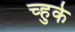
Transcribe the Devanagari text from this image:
च्हुके